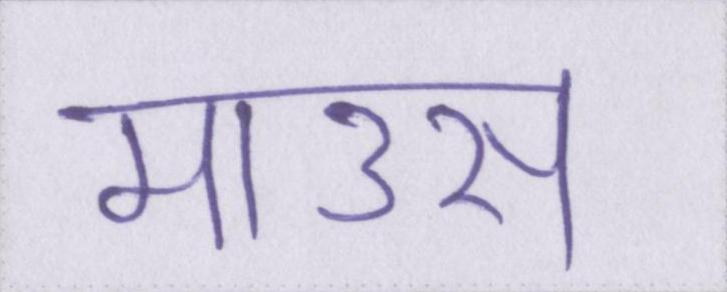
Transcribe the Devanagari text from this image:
माउस